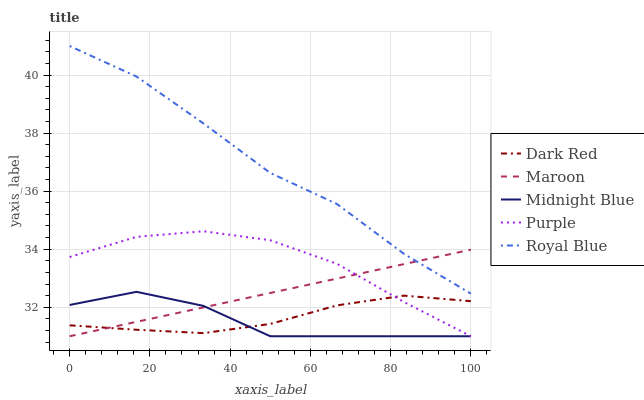
| xaxis_label | Dark Red | Maroon | Midnight Blue | Purple | Royal Blue |
 | --- | --- | --- | --- | --- | --- |
 | 0 | 31.4 | 31 | 32.1 | 33.7 | 41 |
 | 16.7 | 31.2 | 31.5 | 32.5 | 34.4 | 39.9 |
 | 33.3 | 31.1 | 32 | 32 | 34.6 | 38.3 |
 | 50 | 31.4 | 32.5 | 31 | 34.3 | 36.6 |
 | 66.7 | 32.1 | 33 | 31 | 33.5 | 35.6 |
 | 83.3 | 32.4 | 33.5 | 31 | 32.2 | 33.8 |
 | 100 | 32.2 | 34 | 31 | 31 | 32.5 |